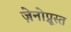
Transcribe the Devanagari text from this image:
ज़ेनोप्नूस्त